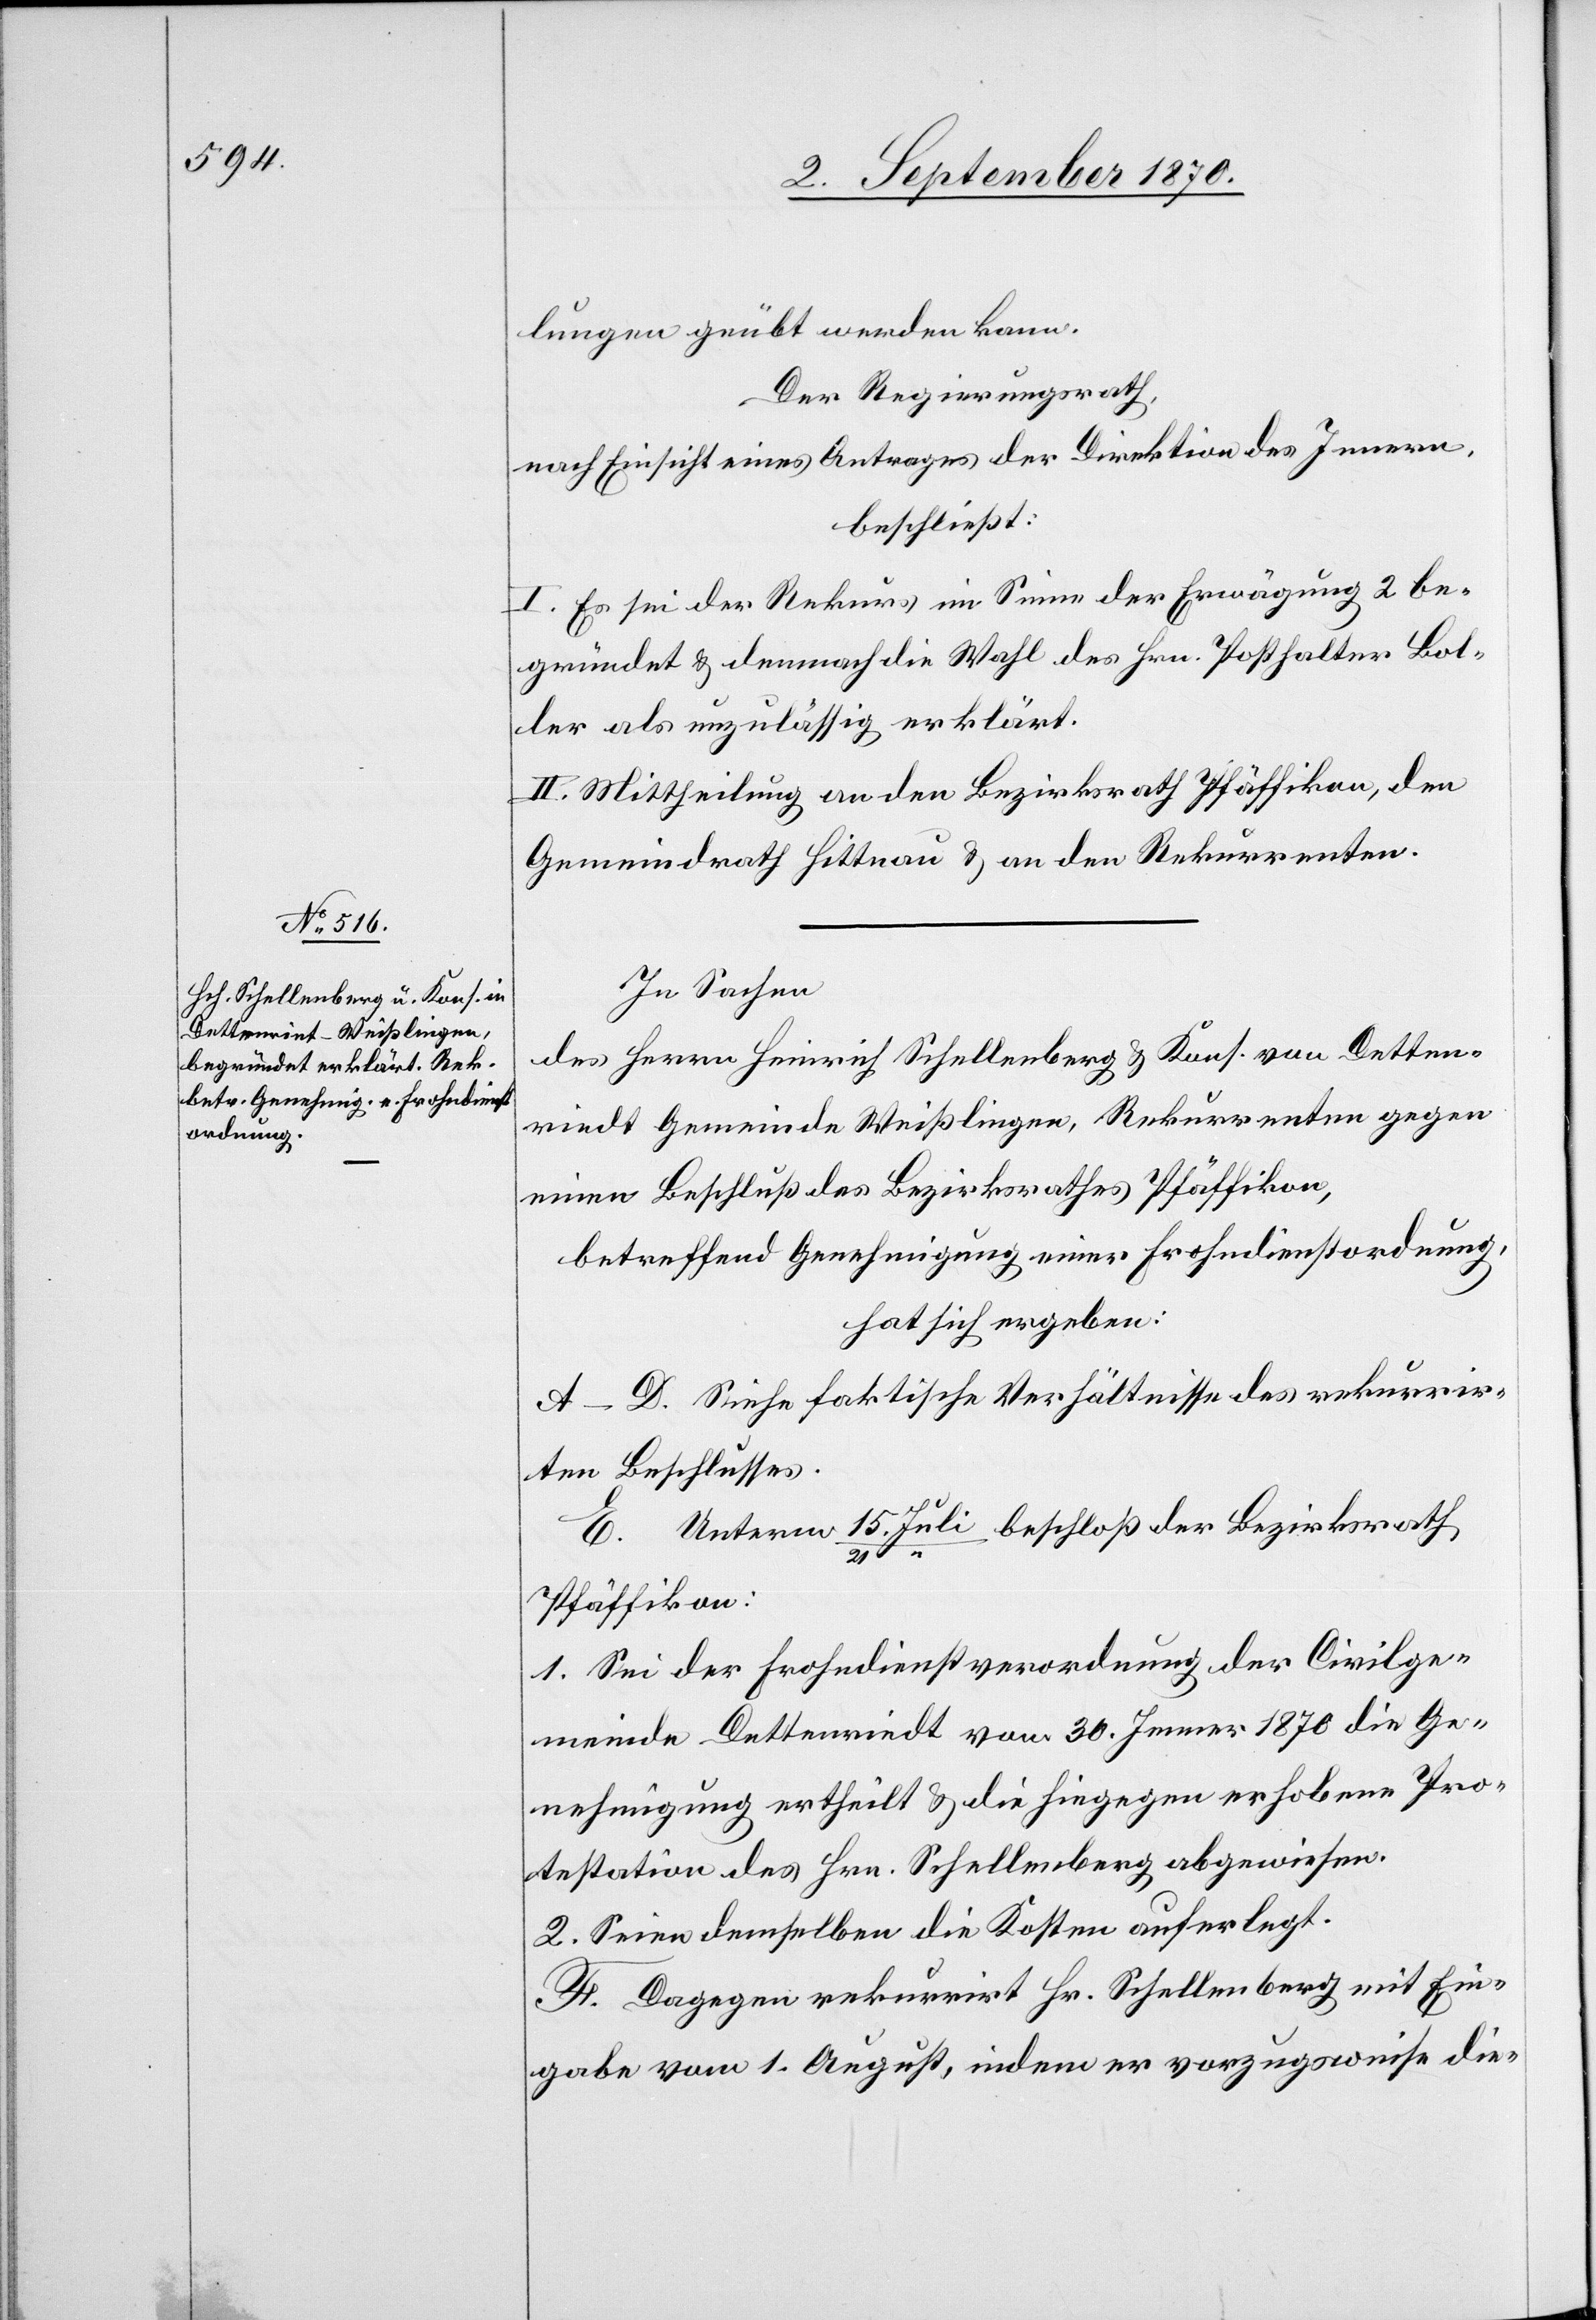
Heinrich Schellenberg & Kons. von

lungen geübt werden kann.
Der Regierungsrath,
nach Einsicht eines Antrages der Direktion des Innern,
beschließt:
I. Es sei der Rekurs im Sinne der Erwägung 2 be¬
gründet & demnach die Wahl des Hrn. Posthalter Bol¬
ler als unzulässig erklärt.
II. Mittheilung an den Bezirksrath Pfäffikon, den
Gemeindrath Hittnau & an den Rekurrenten.
In Sachen
[sic!] Gemeinde Weißlingen, Rekurrenten gegen
einen Beschluß des Bezirksrathes Pfäffikon,
betreffend Genehmigung einer Frohndienstordnung,
hat sich ergeben:
A–D. Siehe faktische Verhältnisse des rekurrir¬
ten Beschlusses.
15.
Pfäffikon:
1. Sei der Frohndienstverordnung der Civilge¬
meinde Dettenriedt vom 30. Jenner 1870 die Ge¬
nehmigung ertheilt & die hiegegen erhobene Pro¬
testation des Hrn. Schellenberg abgewiesen.
2. Seien demselben die Kosten auferlegt.
F. Dagegen rekurrirt Hr. Schellenberg mit Ein¬
gabe vom 1. August, indem er vorzugsweise die-